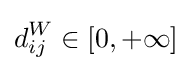
d_{ij}^{W}\in [0,+\infty ]